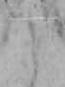
と